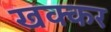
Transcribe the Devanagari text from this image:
खक्कर